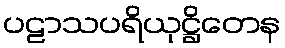
ပဠာသပရိယုဋ္ဌိတေန